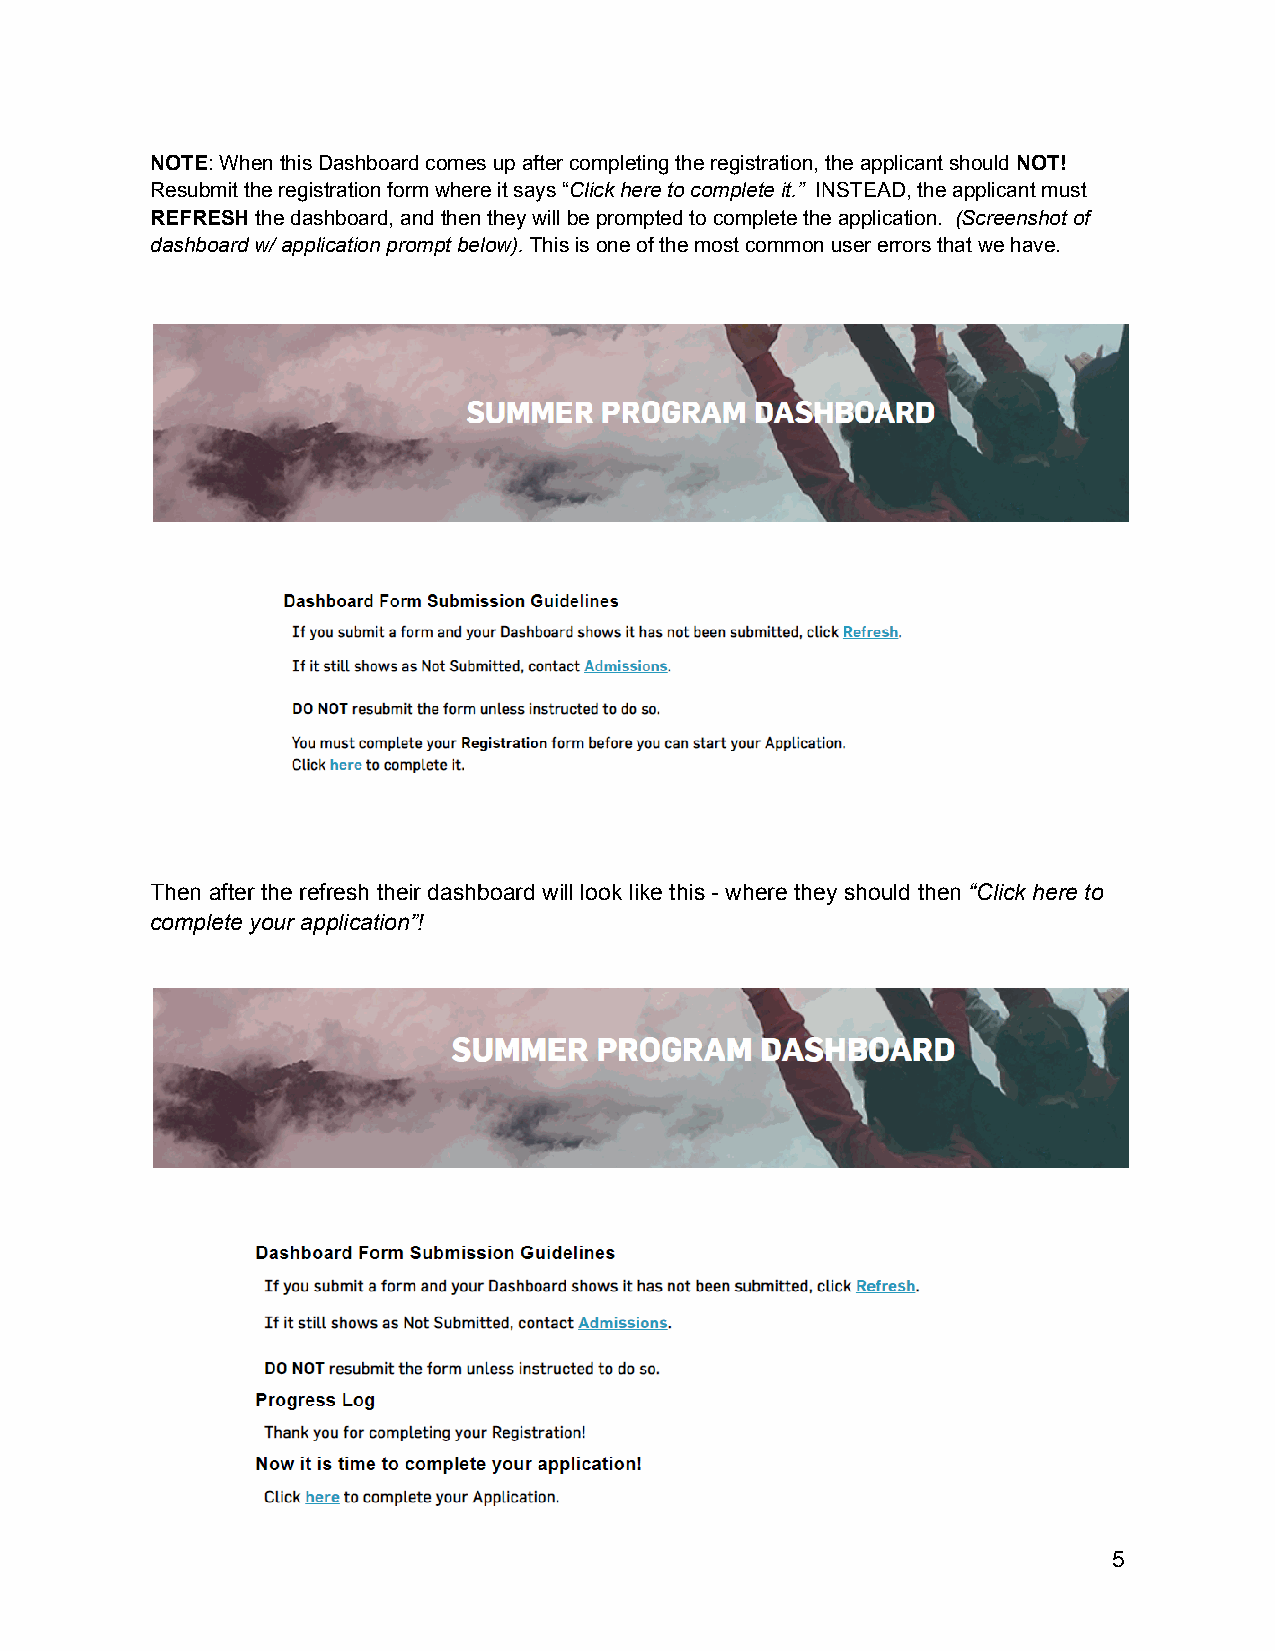
NOTE: When this Dashboard comes up after completing the registration, the applicant shouldNOT!
 Resubmit the registration form where it says “Click here to complete it.” INSTEAD, the applicant must
 REFRESHthe dashboard, and then they will be promptedto complete the application. (Screenshot of
 dashboard w/ application prompt below).This is oneof the most common user errors that we have.
 Then after the refresh their dashboard will look like this - where they should then “Click here to
 complete your application”!
 5